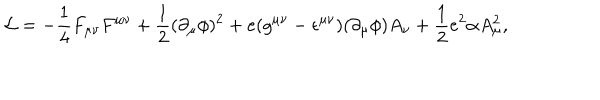
{ \cal L } = - \frac { 1 } { 4 } F _ { \mu \nu } F ^ { \mu \nu } + \frac { 1 } { 2 } ( \partial _ { \mu } \phi ) ^ { 2 } + e ( g ^ { \mu \nu } - \epsilon ^ { \mu \nu } ) ( \partial _ { \mu } \phi ) A _ { \nu } + \frac { 1 } { 2 } e ^ { 2 } \alpha A _ { \mu } ^ { 2 } ,